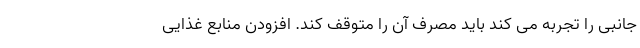
جانبی را تجربه می کند باید مصرف آن را متوقف کند. افزودن منابع غذایی